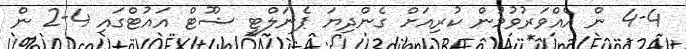
4-4 ން އެއްވަރުވުމުން ކުރިއަށް ގެންދިޔަ ޕެނަލްޓީ ޝޫޓް އައުޓްގައި 4-2 ން